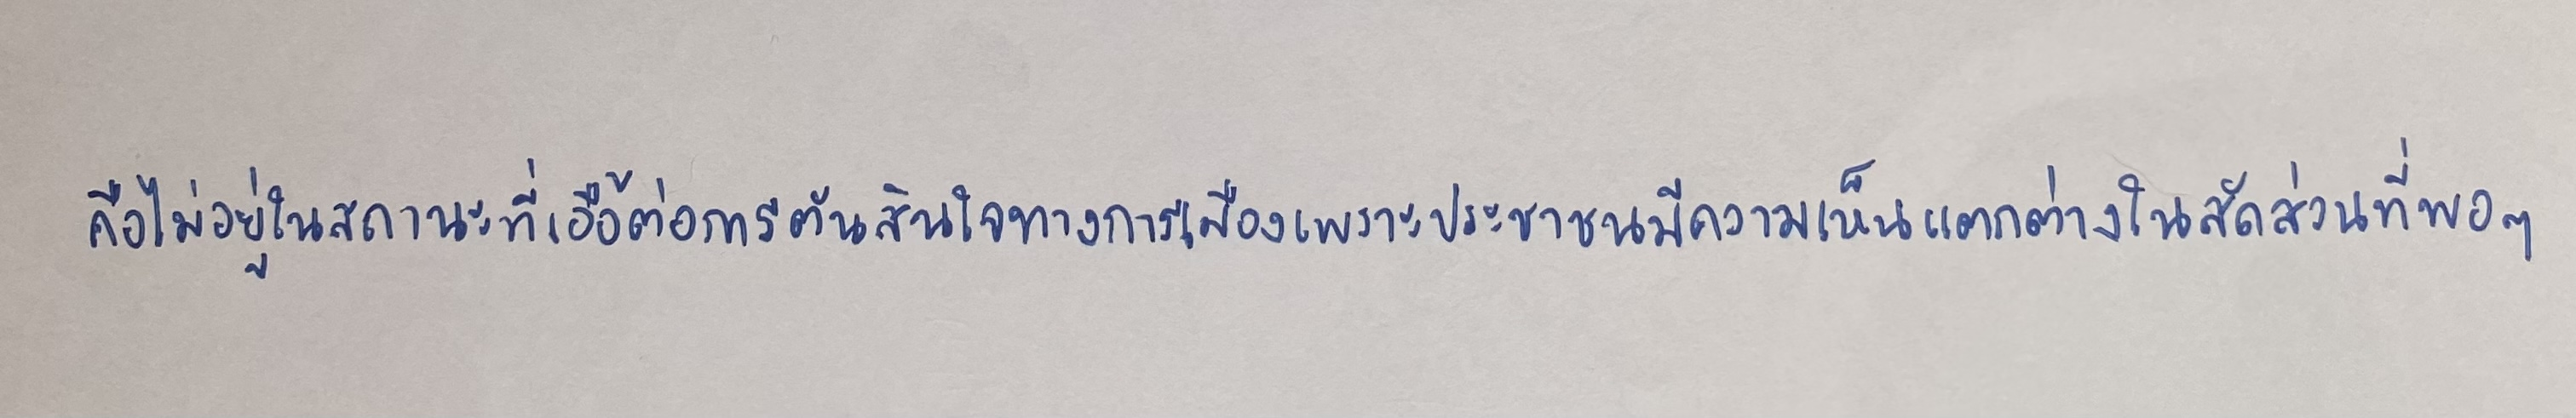
คือไม่อยู่ในสถานะที่เอื้อต่อการตัดสินใจทางการเมืองเพราะประชาชนมีความเห็นแตกต่างในสัดส่วนที่พอๆ